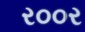
ર૦૦ર